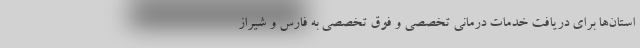
استان‌ها برای دریافت خدمات درمانی تخصصی و فوق تخصصی به فارس و شیراز